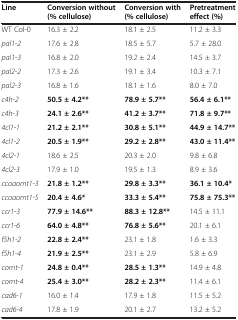
<table><thead><tr><td><b>Line</b></td><td><b>Conversion without (% cellulose)</b></td><td><b>Conversion with (% cellulose)</b></td><td><b>Pretreatment effect (%)</b></td></tr></thead><tbody><tr><td>WT Col-0</td><td>16.3 ± 2.2</td><td>18.1 ± 2.5</td><td>11.2 ± 3.3</td></tr><tr><td><i>pal1-2</i></td><td>17.6 ± 2.8</td><td>18.5 ± 5.7</td><td>5.7 ± 28.0</td></tr><tr><td><i>pal1-3</i></td><td>16.8 ± 2.0</td><td>19.2 ± 2.4</td><td>14.5 ± 3.7</td></tr><tr><td><i>pal2-2</i></td><td>17.3 ± 2.6</td><td>19.1 ± 3.4</td><td>10.3 ± 7.1</td></tr><tr><td><i>pal2-3</i></td><td>16.8 ± 1.6</td><td>18.1 ± 1.6</td><td>8.0 ± 7.0</td></tr><tr><td><i>c4h-2</i></td><td><b>50.5 ± 4.2**</b></td><td><b>78.9 ± 5.7**</b></td><td><b>56.4 ± 6.1**</b></td></tr><tr><td><i>c4h-3</i></td><td><b>24.1 ± 2.6**</b></td><td><b>41.2 ± 3.7**</b></td><td><b>71.8 ± 9.7**</b></td></tr><tr><td><i>4cl1-1</i></td><td><b>21.2 ± 2.1**</b></td><td><b>30.8 ± 5.1**</b></td><td><b>44.9 ± 14.7**</b></td></tr><tr><td><i>4cl1-2</i></td><td><b>20.5 ± 1.9**</b></td><td><b>29.2 ± 2.8**</b></td><td><b>43.0 ± 11.4**</b></td></tr><tr><td><i>4cl2-1</i></td><td>18.6 ± 2.5</td><td>20.3 ± 2.0</td><td>9.8 ± 6.8</td></tr><tr><td><i>4cl2-3</i></td><td>17.9 ± 1.0</td><td>19.5 ± 1.3</td><td>8.9 ± 3.6</td></tr><tr><td><i>ccoaomt1-3</i></td><td><b>21.8 ± 1.2**</b></td><td><b>29.8 ± 3.3**</b></td><td><b>36.1 ± 10.4*</b></td></tr><tr><td><i>ccoaomt1-5</i></td><td><b>20.4 ± 4.6*</b></td><td><b>33.3 ± 5.4**</b></td><td><b>75.8 ± 75.3**</b></td></tr><tr><td><i>ccr1-3</i></td><td><b>77.9 ± 14.6**</b></td><td><b>88.3 ± 12.8**</b></td><td>14.5 ± 11.1</td></tr><tr><td><i>ccr1-6</i></td><td><b>64.0 ± 4.8**</b></td><td><b>76.8 ± 5.6**</b></td><td>20.1 ± 6.1</td></tr><tr><td><i>f5h1-2</i></td><td><b>22.8 ± 2.4**</b></td><td>23.1 ± 1.8</td><td>1.6 ± 3.3</td></tr><tr><td><i>f5h1-4</i></td><td><b>21.9 ± 2.5**</b></td><td>23.1 ± 2.9</td><td>5.8 ± 6.9</td></tr><tr><td><i>comt-1</i></td><td><b>24.8 ± 0.4**</b></td><td><b>28.5 ± 1.3**</b></td><td>14.9 ± 4.8</td></tr><tr><td><i>comt-4</i></td><td><b>25.4 ± 3.0**</b></td><td><b>28.2 ± 2.3**</b></td><td>11.4 ± 6.1</td></tr><tr><td><i>cad6-1</i></td><td>16.0 ± 1.4</td><td>17.9 ± 1.8</td><td>11.5 ± 5.2</td></tr><tr><td><i>cad6-4</i></td><td>17.8 ± 1.9</td><td>20.1 ± 2.7</td><td>13.2 ± 5.2</td></tr></tbody></table>